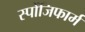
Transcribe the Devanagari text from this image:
स्पोंजिफार्म